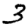
Digit: 3